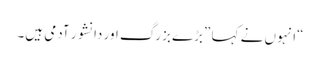
“انہوں نے کہا ”بڑے بزرگ اور دانشور آدمی ہیں۔